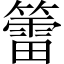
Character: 𥵉